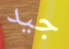
جيد